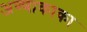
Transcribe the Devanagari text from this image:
अण्णाकाका